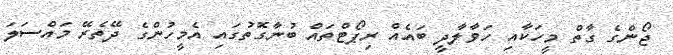
ޖޯންގެ ގާތް މީހަކާއި ހަވާލާދީ ބައެއް ރިޕޯޓްތައް ބުނާގޮތުގައި އެމީހުންގެ ދޭތެރޭ މައްސަލަ